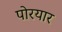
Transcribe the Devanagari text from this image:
पोरयार